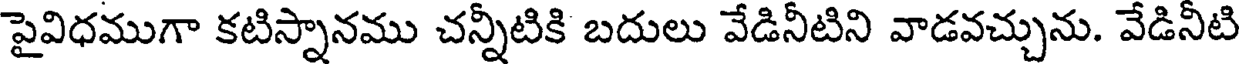
పైవిధముగా కటిస్నానము చన్నీటికి బదులు వేడినీటిని వాడవచ్చును. వేడినీటి